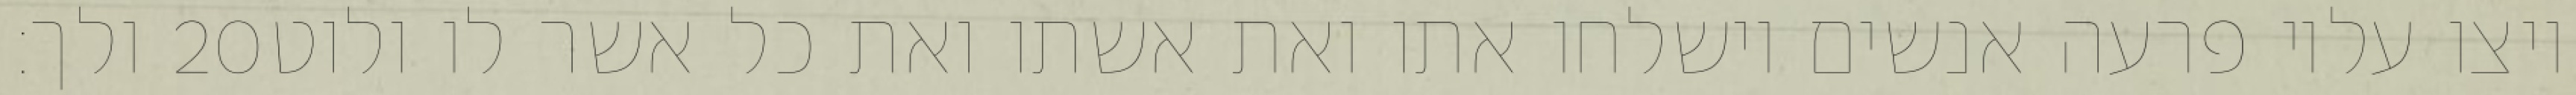
ולך׃ ‎20‏ ויצו עליו פרעה אנשים וישלחו אתו ואת אשתו ואת כל אשר לו ולוט